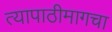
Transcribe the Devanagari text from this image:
त्यापाठीमागचा